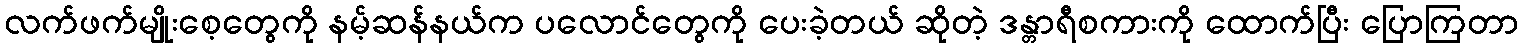
လက်ဖက်မျိုးစေ့တွေကို နမ့်ဆန်နယ်က ပလောင်တွေကို ပေးခဲ့တယ် ဆိုတဲ့ ဒန္တာရီစကားကို ထောက်ပြီး ပြောကြတာ